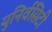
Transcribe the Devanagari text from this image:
युनिर्वसिटी